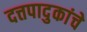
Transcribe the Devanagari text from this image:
दत्तपादुकांचे